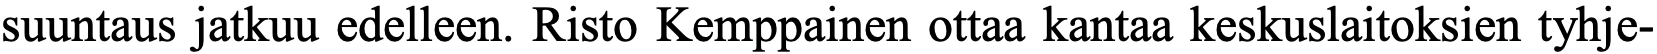
suuntaus jatkuu edelleen. Risto Kemppainen ottaa kantaa keskuslaitoksien tyhje-